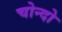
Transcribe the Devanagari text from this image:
चोन्दो